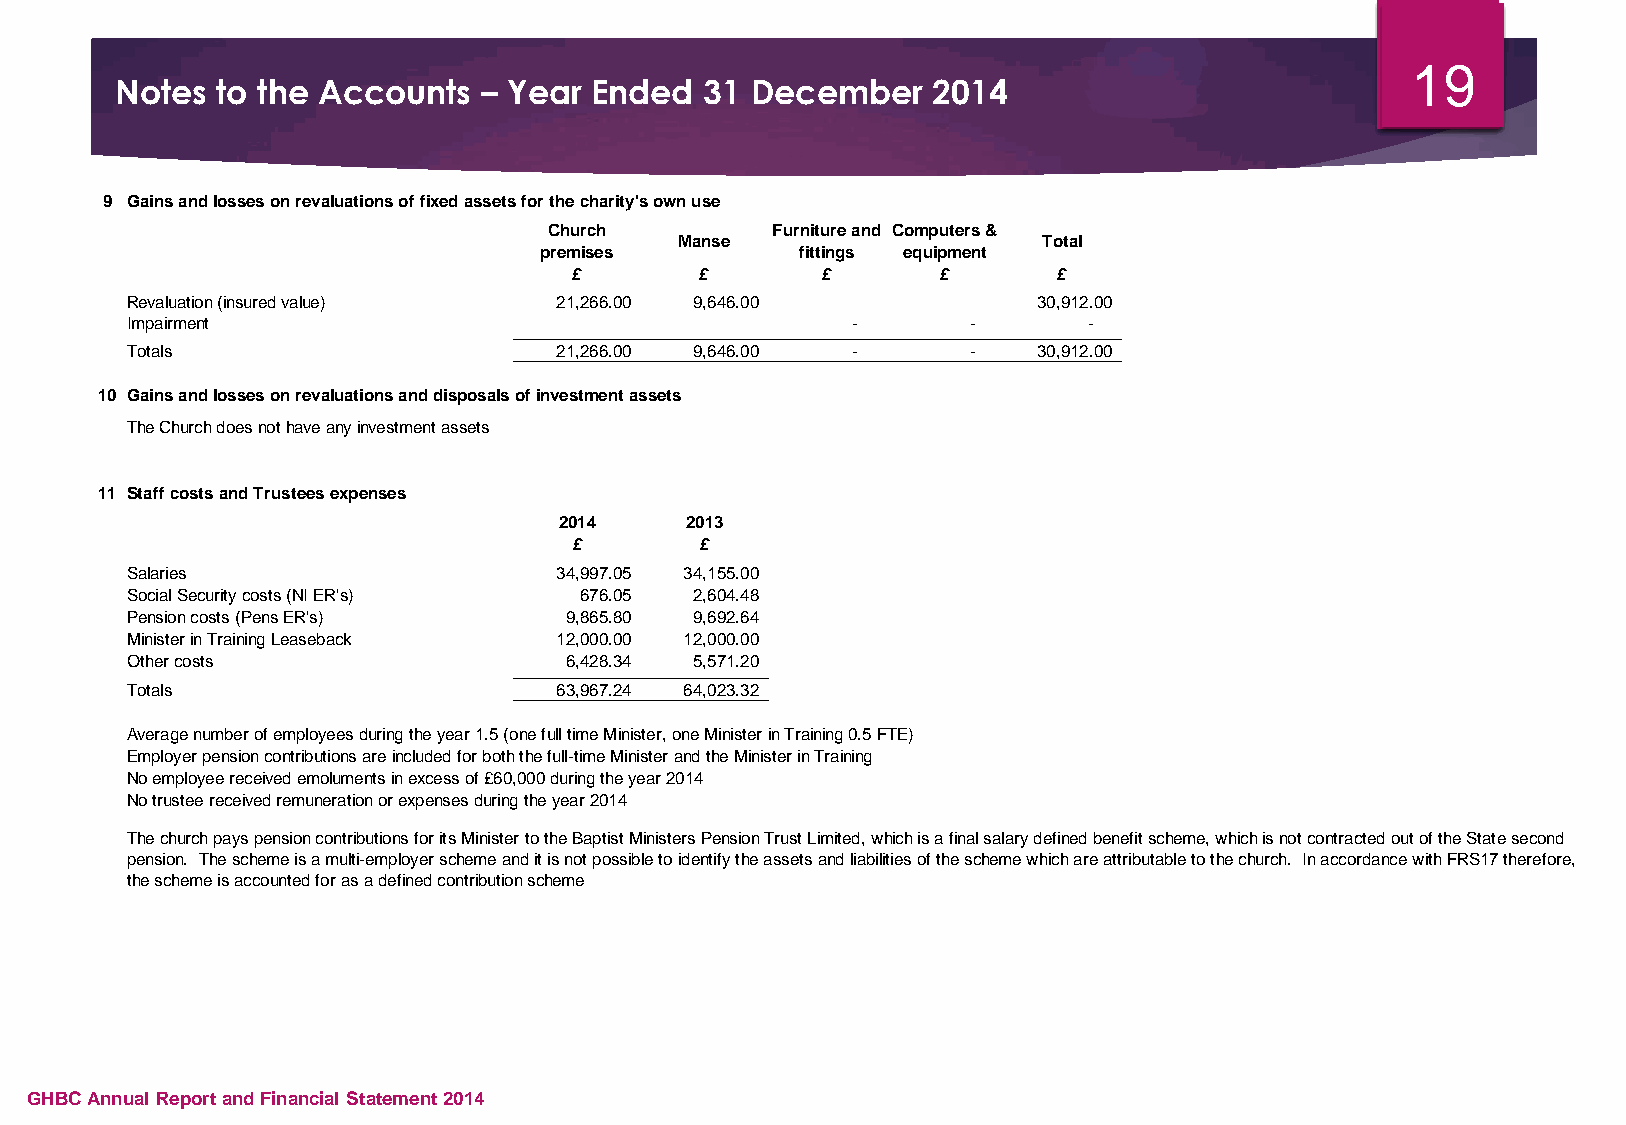
19
 Notes to the Accounts   – Year Ended   31 December    2014
 9 Gains and losses on revaluations of fixed assets for the charity's own use
 Church         Furniture and Computers &
 Manse                   Total
 premises         fittings equipment
 £       £       £       £       £
 Revaluation (insured value)  21,266.00 9,646.00              30,912.00
 Impairment                                      -       -       -
 Totals                       21,266.00 9,646.00 -       -    30,912.00
 10 Gains and losses on revaluations and disposals of investment assets
 The Church does not have any investment assets
 11 Staff costs and Trustees expenses
 2014    2013
 £       £
 Salaries                     34,997.05 34,155.00
 Social Security costs (NI ER's) 676.05 2,604.48
 Pension costs (Pens ER's)    9,865.80 9,692.64
 Minister in Training Leaseback 12,000.00 12,000.00
 Other costs                  6,428.34 5,571.20
 Totals                       6 3,967.24 64,023.32
 Average number of employees during the year 1.5 (one full time Minister, one Minister in Training 0.5 FTE)
 Employer pension contributions are included for both the full-time Minister and the Minister in Training
 No employee received emoluments in excess of £60,000 during the year 2014
 No trustee received remuneration or expenses during the year 2014
 The church pays pension contributions for its Minister to the Baptist Ministers Pension Trust Limited, which is a final salary defined benefit scheme, which is not contracted out of the State second
 pension. The scheme is a multi-employer scheme and it is not possible to identify the assets and liabilities of the scheme which are attributable to the church. In accordance with FRS17 therefore,
 the scheme is accounted for as a defined contribution scheme
 GHBC Annual Report and Financial Statement 2014